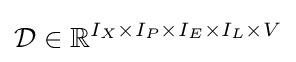
{\mathcal {D}}\in {\mathbb {R} }^{I_{X}\times I_{P}\times I_{E}\times I_{L}\times V}